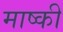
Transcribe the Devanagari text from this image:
माष्की